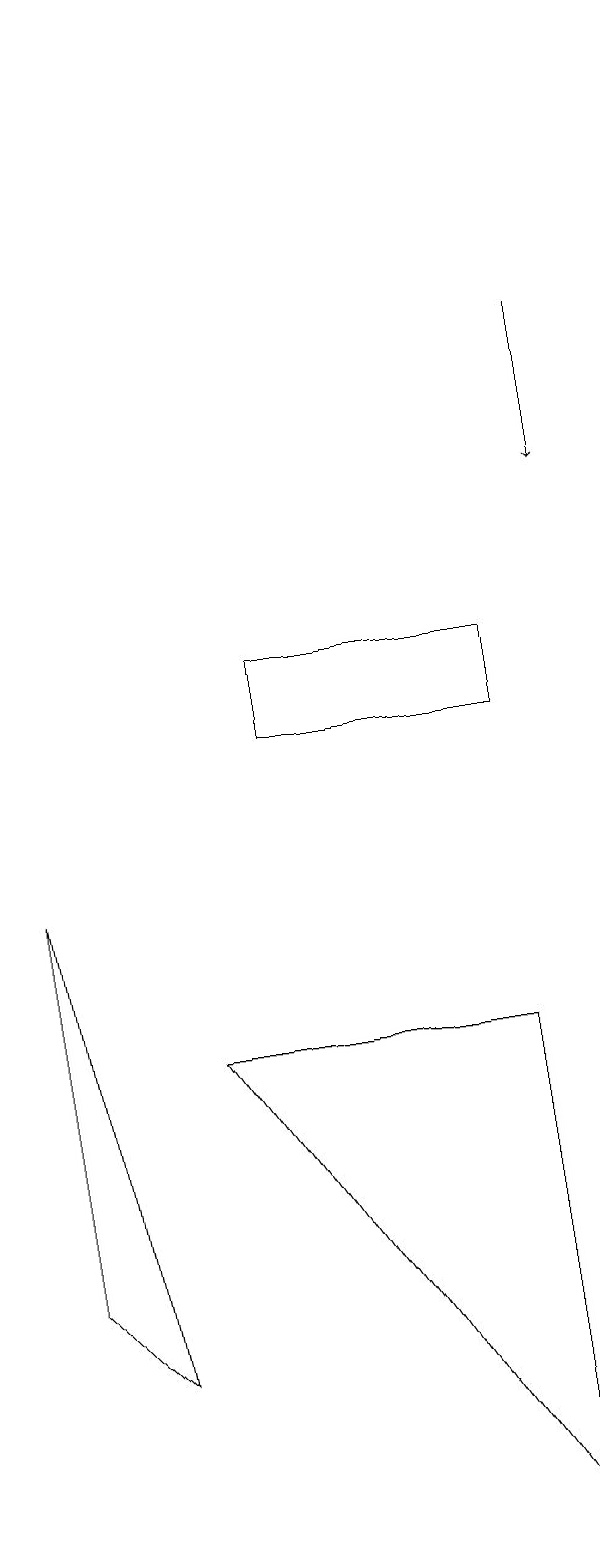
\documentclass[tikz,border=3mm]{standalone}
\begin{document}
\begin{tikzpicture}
\draw (4,11) rectangle (7,10);
\draw (7,0) -- (7,6) -- (3,6) -- cycle;
\draw (2,2) -- (1,3) -- (1,8) -- cycle;
\draw (1,19) rectangle (1,18);
\draw[->] (8,15) -- (8,13);
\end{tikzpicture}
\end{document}